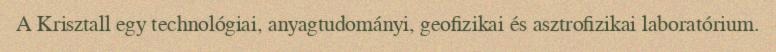
A Krisztall egy technológiai, anyagtudományi, geofizikai és asztrofizikai laboratórium.